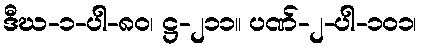
ဒီဃ-၁-ပါ-၈၀၊ ဋ္ဌ-၂၁၁။ ပဏ်-၂-ပါ-၁၀၁၊